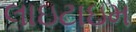
લાઇટાઇમ